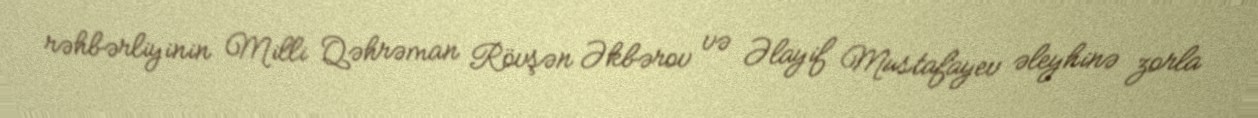
rəhbərliyinin Milli Qəhrəman Rövşən Əkbərov və Əlayif Mustafayev əleyhinə zorla